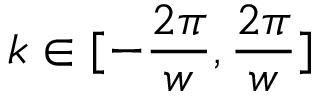
k \in [ - \frac { 2 \pi } { w } , \frac { 2 \pi } { w } ]